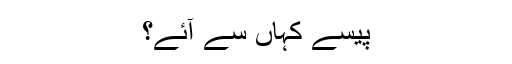
پیسے کہاں سے آئے؟